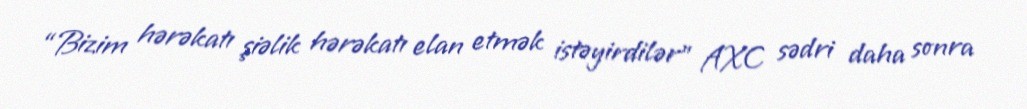
“Bizim hərəkatı şiəlik hərəkatı elan etmək istəyirdilər” AXC sədri daha sonra